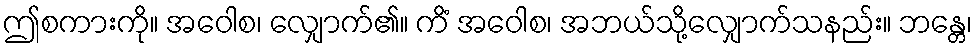
ဤစကားကို။ အဝေါစ၊ လျှောက်၏။ ကိံ အဝေါစ၊ အဘယ်သို့လျှောက်သနည်း။ ဘန္တေ၊